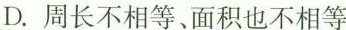
D.周长不相等、面积也不相等